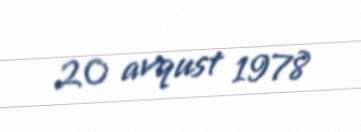
20 avqust 1978